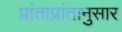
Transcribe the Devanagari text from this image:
प्रांताप्रांतानुसार